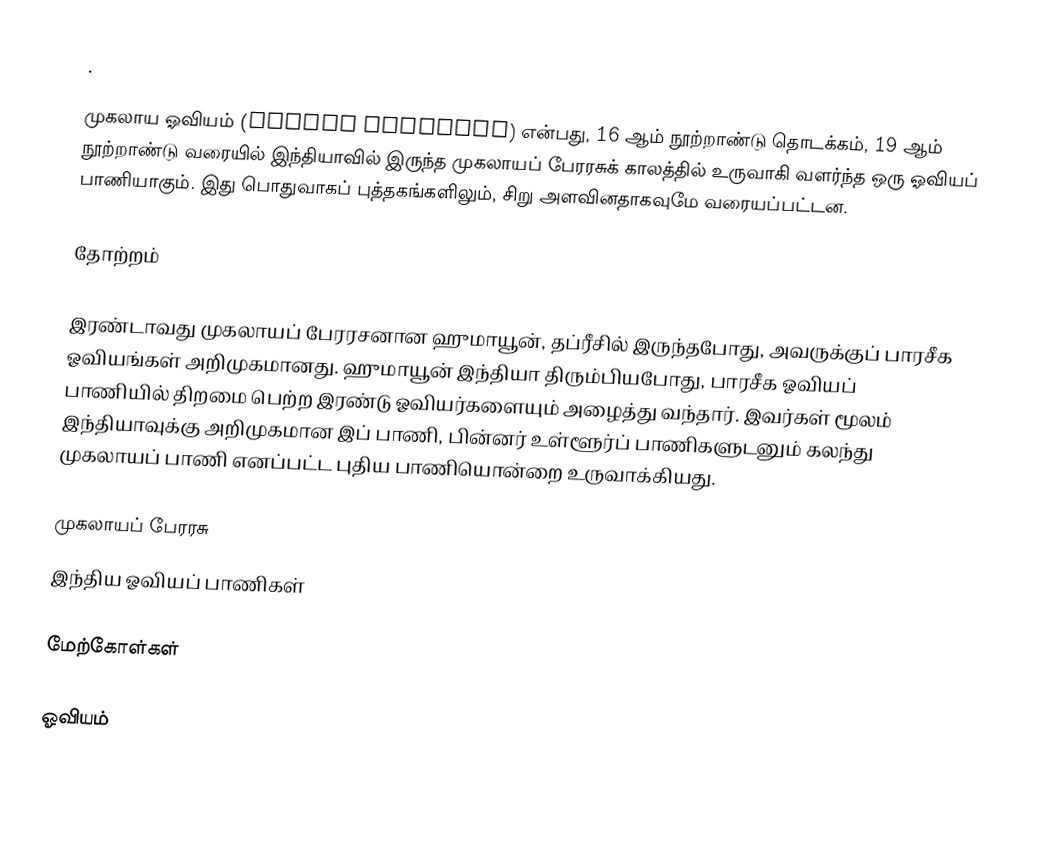
.

முகலாய ஓவியம் (Mughal painting) என்பது, 16 ஆம் நூற்றாண்டு தொடக்கம், 19 ஆம் நூற்றாண்டு வரையில் இந்தியாவில் இருந்த முகலாயப் பேரரசுக் காலத்தில் உருவாகி வளர்ந்த ஒரு ஓவியப் பாணியாகும். இது பொதுவாகப் புத்தகங்களிலும், சிறு அளவினதாகவுமே வரையப்பட்டன.

தோற்றம்

இரண்டாவது முகலாயப் பேரரசனான ஹுமாயூன், தப்ரீசில் இருந்தபோது, அவருக்குப் பாரசீக ஓவியங்கள் அறிமுகமானது. ஹுமாயூன் இந்தியா திரும்பியபோது, பாரசீக ஓவியப் பாணியில் திறமை பெற்ற இரண்டு ஓவியர்களையும் அழைத்து வந்தார். இவர்கள் மூலம் இந்தியாவுக்கு அறிமுகமான இப் பாணி, பின்னர் உள்ளூர்ப் பாணிகளுடனும் கலந்து முகலாயப் பாணி எனப்பட்ட புதிய பாணியொன்றை உருவாக்கியது.

முகலாயப் பேரரசு
இந்திய ஓவியப் பாணிகள்

மேற்கோள்கள்

ஓவியம்